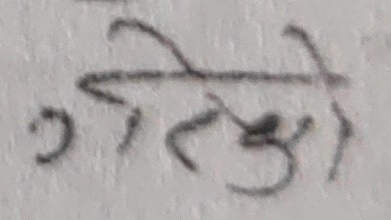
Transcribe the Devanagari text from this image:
गतेलो